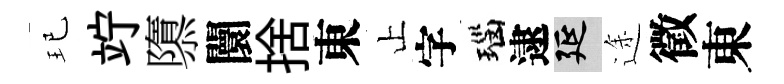
玘竚隳闤捨東止字瑙逮延途徵東